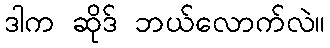
ဒါက ဆိုဒ် ဘယ်လောက်လဲ။